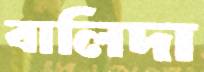
বালিদা